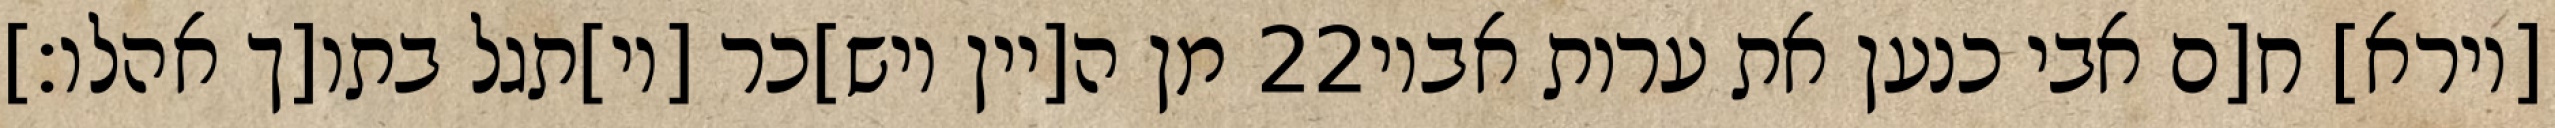
מן ה[יין ויש]כר [וי]תגל בתו[ך אהלו׃] ‎22‏ [וירא] ח[ם אבי כנען את ערות אביו